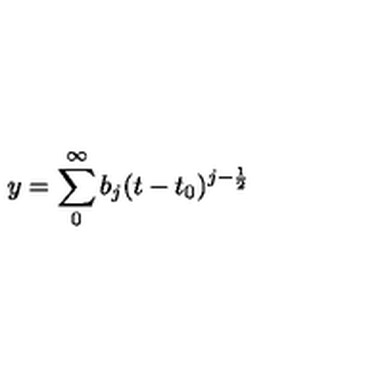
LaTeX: y = \sum _ { 0 } ^ { \infty } b _ { j } ( t - t _ { 0 } ) ^ { j - \frac { 1 } { 2 } }